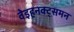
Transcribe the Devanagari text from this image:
वेइहनक्ट्समन